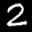
Label: 2